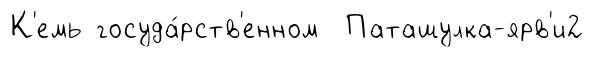
К'емь госуда́рств'енном Паташулка-ярв'и2